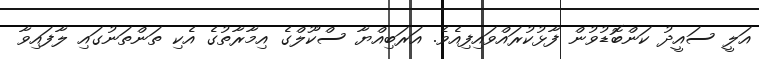
އަލީ ސައީދު ކަންބޮޑުވުން ފާޅުކުރައްވައިފިއެވެ. އަރަބިއްޔާ ސްކޫލްގެ އިމާރާތުގެ އެކި ތަންތަނުގައި ލާފައިވާ